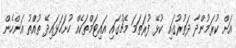
އަށް ކުރަމުންދާ ދަތުރުގައި ކުޅޭ ފުރަތަމަ މެޗުގައި އައިޓަމްތަކެއް ހުށަހަޅައިދޭ ތުއްތު އަންހެން